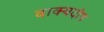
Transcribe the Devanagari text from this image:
वाक्यदोष